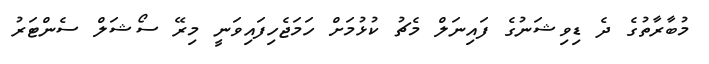
މުބާރާތުގެ ދެ ޑިވިޝަނުގެ ފައިނަލް މެޗު ކުޅުމަށް ހަމަޖެހިފައިވަނީ މިރޭ ސޯޝަލް ސެންޓަރު